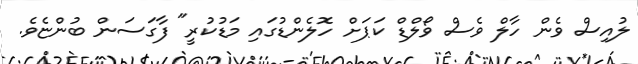
ލުއިސް ވެން ހާލް ވެސް ވޯލްޑް ކަޕަށް ހޮލެންޑުގައި މަޑުކުރީ" ފާގަސަން ބުންޏެވެ.